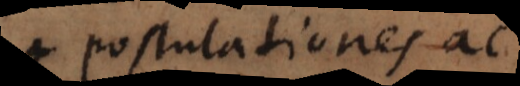
postulationes ac